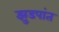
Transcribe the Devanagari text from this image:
झुडपांत